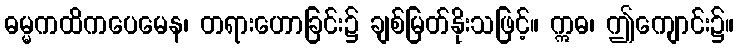
ဓမ္မကထိကပေမေန၊ တရားဟောခြင်း၌ ချစ်မြတ်နိုးသဖြင့်။ ဣဓ၊ ဤကျောင်း၌။